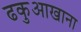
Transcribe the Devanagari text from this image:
ढकुआखाना